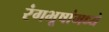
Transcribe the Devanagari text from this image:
रंगभूषांमध्ये